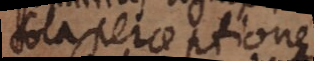
sola perceptione,